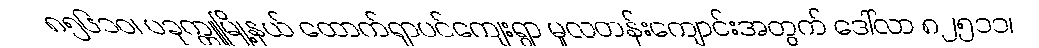
၈၅၆၁ဝ၊ ပခုက္ကူမြို့နယ် ထောက်ရှာပင်ကျေးရွာ မူလတန်းကျောင်းအတွက် ဒေါ်လာ ၈၂၅၁၁၊